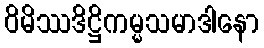
ဝိမိဿဒိဋ္ဌိကမ္မသမာဒါနော